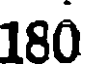
180